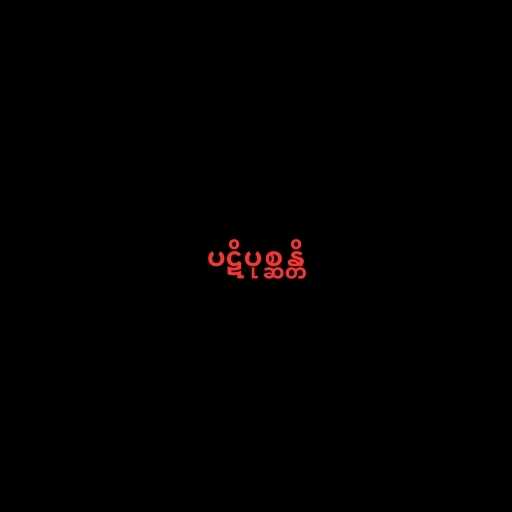
ပဋိပုစ္ဆန္တိ